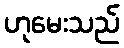
ဟုမေးသည်